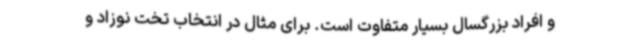
و افراد بزرگسال بسیار متفاوت است. برای مثال در انتخاب تخت نوزاد و